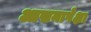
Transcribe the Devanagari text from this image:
आसनापेक्षा